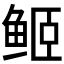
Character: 𱇬